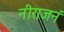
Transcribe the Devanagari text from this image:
नीराजनं